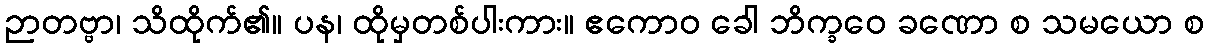
ဉာတဗ္ဗာ၊ သိထိုက်၏။ ပန၊ ထိုမှတစ်ပါးကား။ ဧကောဝ ခေါ ဘိက္ခဝေ ခဏော စ သမယော စ